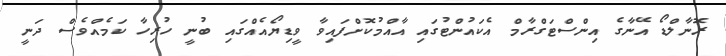
ރޮނާލްޑޯ އޭނާގެ އިންސްޓަގްރާމް އެކައުންޓުގައި އާއްމުކޮށްފައިވާ ވީޑިޔޯއެއްގައި ބުނީ ހުރިހާ ކަމެއްވެސް ދަނީ